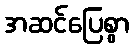
အဆင်ပြေစွာ